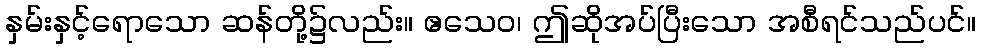
နှမ်းနှင့်ရောသော ဆန်တို့၌လည်း။ ဧသေဝ၊ ဤဆိုအပ်ပြီးသော အစီရင်သည်ပင်။